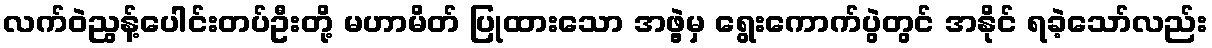
လက်ဝဲညွန့်ပေါင်းတပ်ဦးတို့ မဟာမိတ် ပြုထားသော အဖွဲ့မှ ရွေးကောက်ပွဲတွင် အနိုင် ရခဲ့သော်လည်း